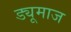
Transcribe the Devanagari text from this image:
ड्यूमाज